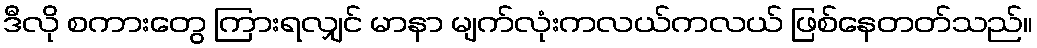
ဒီလို စကားတွေ ကြားရလျှင် မာနာ မျက်လုံးကလယ်ကလယ် ဖြစ်နေတတ်သည်။